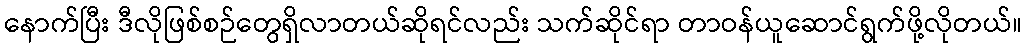
နောက်ပြီး ဒီလိုဖြစ်စဉ်တွေရှိလာတယ်ဆိုရင်လည်း သက်ဆိုင်ရာ တာဝန်ယူဆောင်ရွက်ဖို့လိုတယ်။